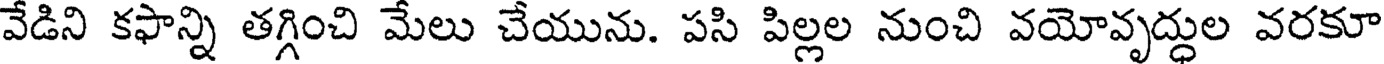
వేడిని కఫాన్ని తగ్గించి మేలు చేయును. పసి పిల్లల నుంచి వయోవృద్ధుల వరకూ